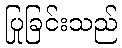
ပြုခြင်းသည်